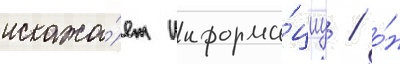
искажа́ет информа́циу / о́н